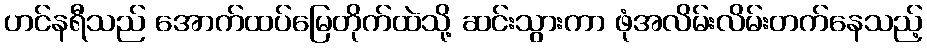
ဟင်နရီသည် အောက်ထပ်မြေတိုက်ထဲသို့ ဆင်းသွားကာ ဖုံအလိမ်းလိမ်းတက်နေသည့်